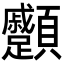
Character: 𩖑